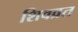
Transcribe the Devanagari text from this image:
शिवव्रत